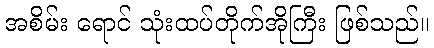
အစိမ်း ရောင် သုံးထပ်တိုက်အိုကြီး ဖြစ်သည်။